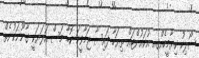
ސޯލިހު ކިޔާމީހެއްގއ އުކައުންޓައް ތިޔަހާ ފައިސާ ޖަމާވީމަ ކޮބާ މަސް އަލަޔަކީ ގާނޫނަކުނެތް